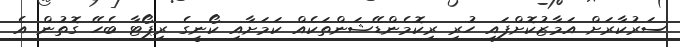
ސަރުކާރަށް އަމާޒުކޮށްފައި ހުރި ރިކޮމެންޑޭޝަންތަކެއް ކަމަށާއި ކޯނީގެ ރިޕޯޓާ ބެހޭ ގޮތުން އެ